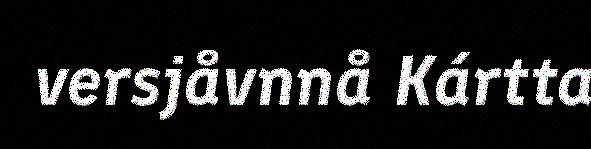
versjåvnnå Kártta